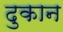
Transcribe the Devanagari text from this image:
दुकान